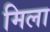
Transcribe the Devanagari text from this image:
मिला